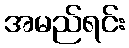
အမည်ရင်း